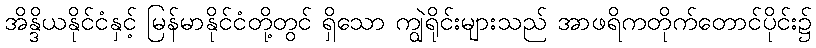
အိန္ဒိယနိုင်ငံနှင့် မြန်မာနိုင်ငံတို့တွင် ရှိသော ကျွဲရိုင်းများသည် အာဖရိကတိုက်တောင်ပိုင်း၌